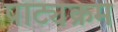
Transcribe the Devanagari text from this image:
पाट्यक्रम